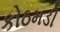
કોઠમડી